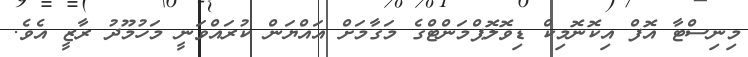
މިނިސްޓާ އޮފް އިކޮނޮމިކް ޑިވޮލޮޕްމަންޓްގެ މަގާމަށް އައްޔަން ކުރައްވަނީ މަހުމޫދު ރާޒީ އެވެ.